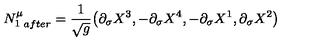
{ N _ { 1 } ^ { \mu } } _ { a f t e r } = \frac 1 { \sqrt { g } } \big ( \partial _ { \sigma } X ^ { 3 } , - \partial _ { \sigma } X ^ { 4 } , - \partial _ { \sigma } X ^ { 1 } , \partial _ { \sigma } X ^ { 2 } \big )